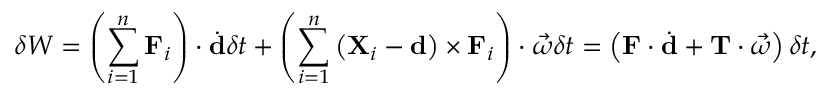
\delta W = \left( \sum _ { i = 1 } ^ { n } \mathbf { F } _ { i } \right) \cdot { \dot { \mathbf { d } } } \delta t + \left( \sum _ { i = 1 } ^ { n } \left( \mathbf { X } _ { i } - \mathbf { d } \right) \times \mathbf { F } _ { i } \right) \cdot { \vec { \omega } } \delta t = \left( \mathbf { F } \cdot { \dot { \mathbf { d } } } + \mathbf { T } \cdot { \vec { \omega } } \right) \delta t ,